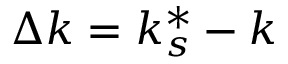
\Delta k = k _ { s } ^ { * } - k